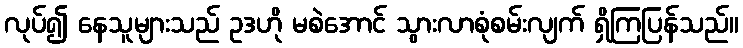
လုပ်၍ နေသူများသည် ဥဒဟို မစဲအောင် သွားလာစုံစမ်းလျက် ရှိကြပြန်သည်။